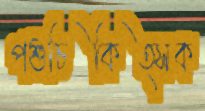
পশুচিকিত্সক